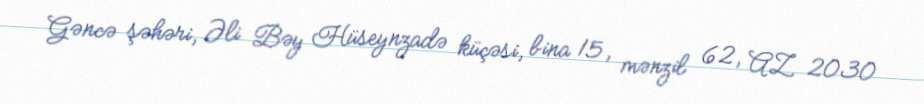
Gəncə şəhəri, Əli Bəy Hüseynzadə küçəsi, bina 15, mənzil 62, AZ 2030